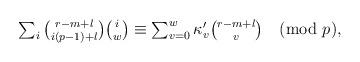
LaTeX: \begin{align*}\textstyle \sum_{i} {r - m + l \choose i(p-1) + l} {i \choose w} & \textstyle \equiv \sum_{v=0}^{w} \kappa_v' {r - m + l \choose v} \pmod{p},\end{align*}